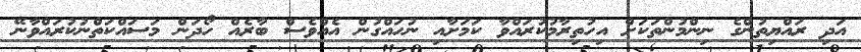
އަދި ރައްޔިތުންގެ ނިންމުންތަކަށް އިހުތިރާމުކުރައްވާ ކަމަށާއި ނުހައްގުން އެއްވެސް ބާރެއް ހޯދަން މަސައްކަތްނުކުރައްވާނޭ